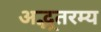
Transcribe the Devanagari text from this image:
अद्भूतरम्य